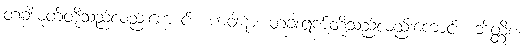
တံခါးမုတ်တို့သည်လည်းကောင်း။ ကဝါဋာ၊ တံခါးရွက်တို့သည်လည်းကောင်း။ ဘိတ္တိစ၊